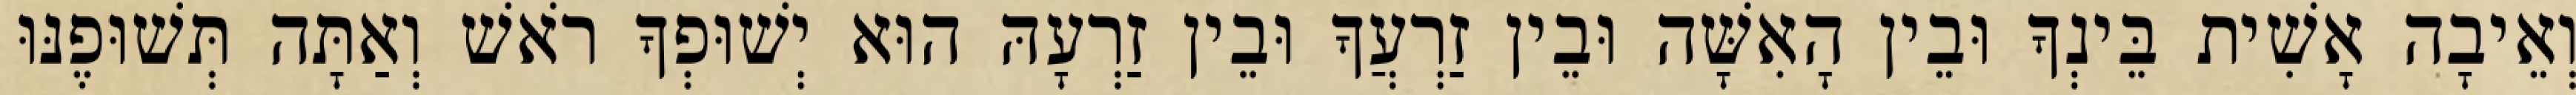
וְאֵיבָה אָשִׁית בֵּינְךָ וּבֵין הָאִשָּׁה וּבֵין זַרְעֲךָ וּבֵין זַרְעָהּ הוּא יְשׁוּפְךָ רֹאשׁ וְאַתָּה תְּשׁוּפֶנּוּ